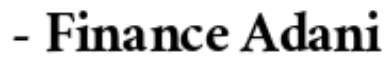
- Finance Adani